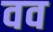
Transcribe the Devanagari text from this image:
वव